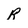
Character: R